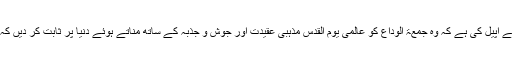
فلسطین نیوز کو موصول ہونے والی اطلاعات کے مطابق رہنماؤں نے پاکستان کے عوام سے اپیل کی ہے کہ وہ جمعۃ الوداع کو عالمی یوم القدس مذہبی عقیدت اور جوش و جذبہ کے ساتھ مناتے ہوئے دنیا پر ثابت کر دیں کہ پاکستان کے عوام فلسطینیوں کے ساتھ ہیں اور فلسطین کے عوام کو تنہا نہیں چھوڑیں گے۔